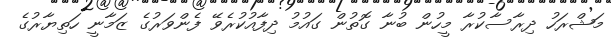
މަޝްރަހު ދިރާސާކުރާ މީހުން ބުނާ ގޮތުން ގައުމު ދިފާއުކުރެވޭ ފެންވަރުގެ ޒަމާނީ ހަތިޔާރުގެ